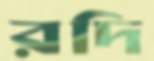
রদি